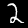
Label: 2